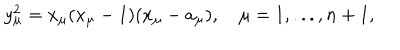
LaTeX: y _ { \mu } ^ { 2 } = x _ { \mu } ( x _ { \mu } - 1 ) ( x _ { \mu } - a _ { \mu } ) , \quad \mu = 1 , . . . , n + 1 ,